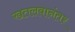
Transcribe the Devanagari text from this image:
खतलबानंतर